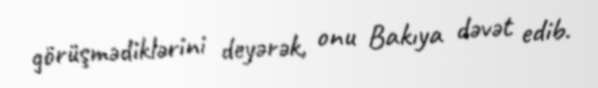
görüşmədiklərini deyərək, onu Bakıya dəvət edib.